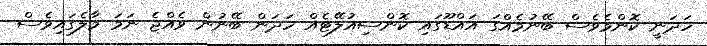
ހަދަނީ ކޮންމެވެސް ބޭނުމެއްގަ އައްޑޫގައި ކޮންސިއުލޭޓެއް ހަދަން ބޭނުން ވެއްޖެ ނަމަ މާލެގައިވެސް